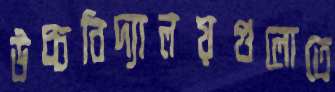
উচ্চবিদ্যালয়গুলোতে